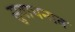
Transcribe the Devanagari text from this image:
सुवाचनात